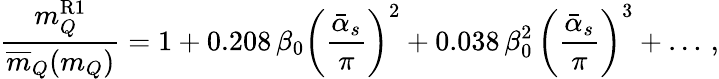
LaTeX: {\frac{m_{Q}^{\mathrm{R1}}}{\overline{{{m}}}_{Q}(m_{Q})}}=1+0.208\, \beta_{0}\bigg({\frac{\bar{\alpha}_{s}}{\pi}}\bigg)^{2}+0.038\, \beta_{0}^{2}\, \bigg({\frac{\bar{\alpha}_{s}}{\pi}}\bigg)^{3}+\dots\, ,